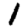
Digit: 1